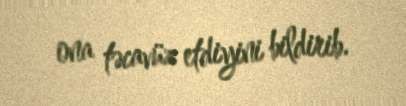
ona təcavüz etdiyini bildirib.